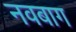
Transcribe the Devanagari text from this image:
नवबाग